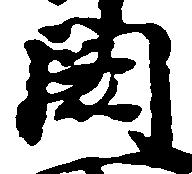
闕